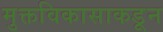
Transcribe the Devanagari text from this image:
मुक्तविकासाकडून